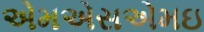
એમએસએમઇ